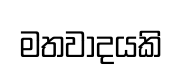
මතවාදයකි